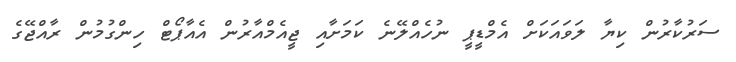
ސަރުކާރުން ކިޔާ ލަވައަކަށް އެމްޑީޕީ ނުހެއްލޭނެ ކަމަށާއި ޖީއެމްއާރުން އެއާޕޯޓް ހިންގުމުން ރާއްޖޭގެ